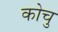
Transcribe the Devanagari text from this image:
कोचु